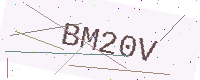
Text: BM20V